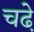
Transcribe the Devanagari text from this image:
चढे़